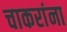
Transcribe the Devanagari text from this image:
चाकरांना